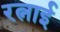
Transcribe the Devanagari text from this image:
रत्नाई